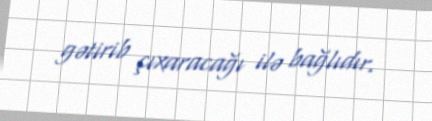
gətirib çıxaracağı ilə bağlıdır.